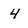
Character: 4